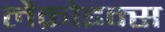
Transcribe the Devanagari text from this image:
लैक्रोइक्स